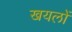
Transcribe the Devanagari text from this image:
खयलों